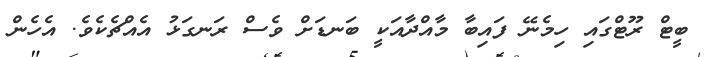
ބީޓް ރޫޓްގައި ހިމެނޭ ފައިބާ މާއްދާއަކީ ބަނޑަށް ވެސް ރަނގަޅު އެއްޗެކެވެ. އެހެން